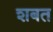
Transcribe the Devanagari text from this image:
शबत